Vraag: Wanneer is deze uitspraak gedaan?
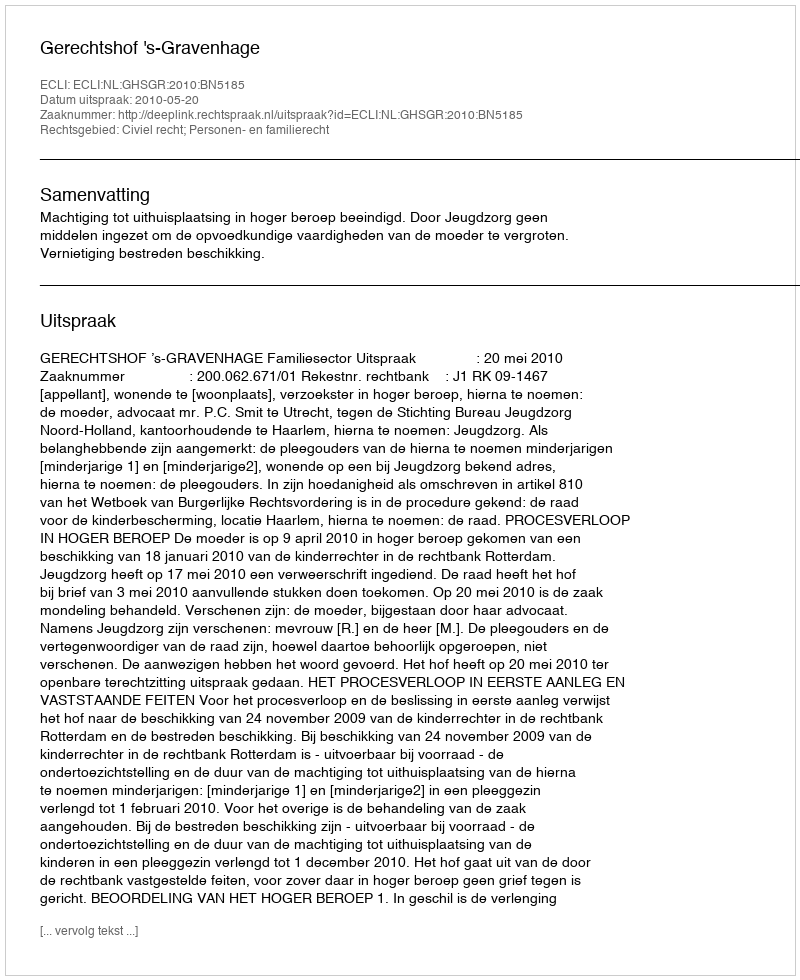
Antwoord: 2010-05-20